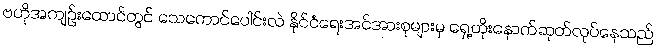
ဗဟိုအကျဉ်းထောင်တွင် သေကောင်ပေါင်းလဲ နိုင်ငံရေးအင်အားစုများမှ ရှေ့တိုးနောက်ဆုတ်လုပ်နေသည်